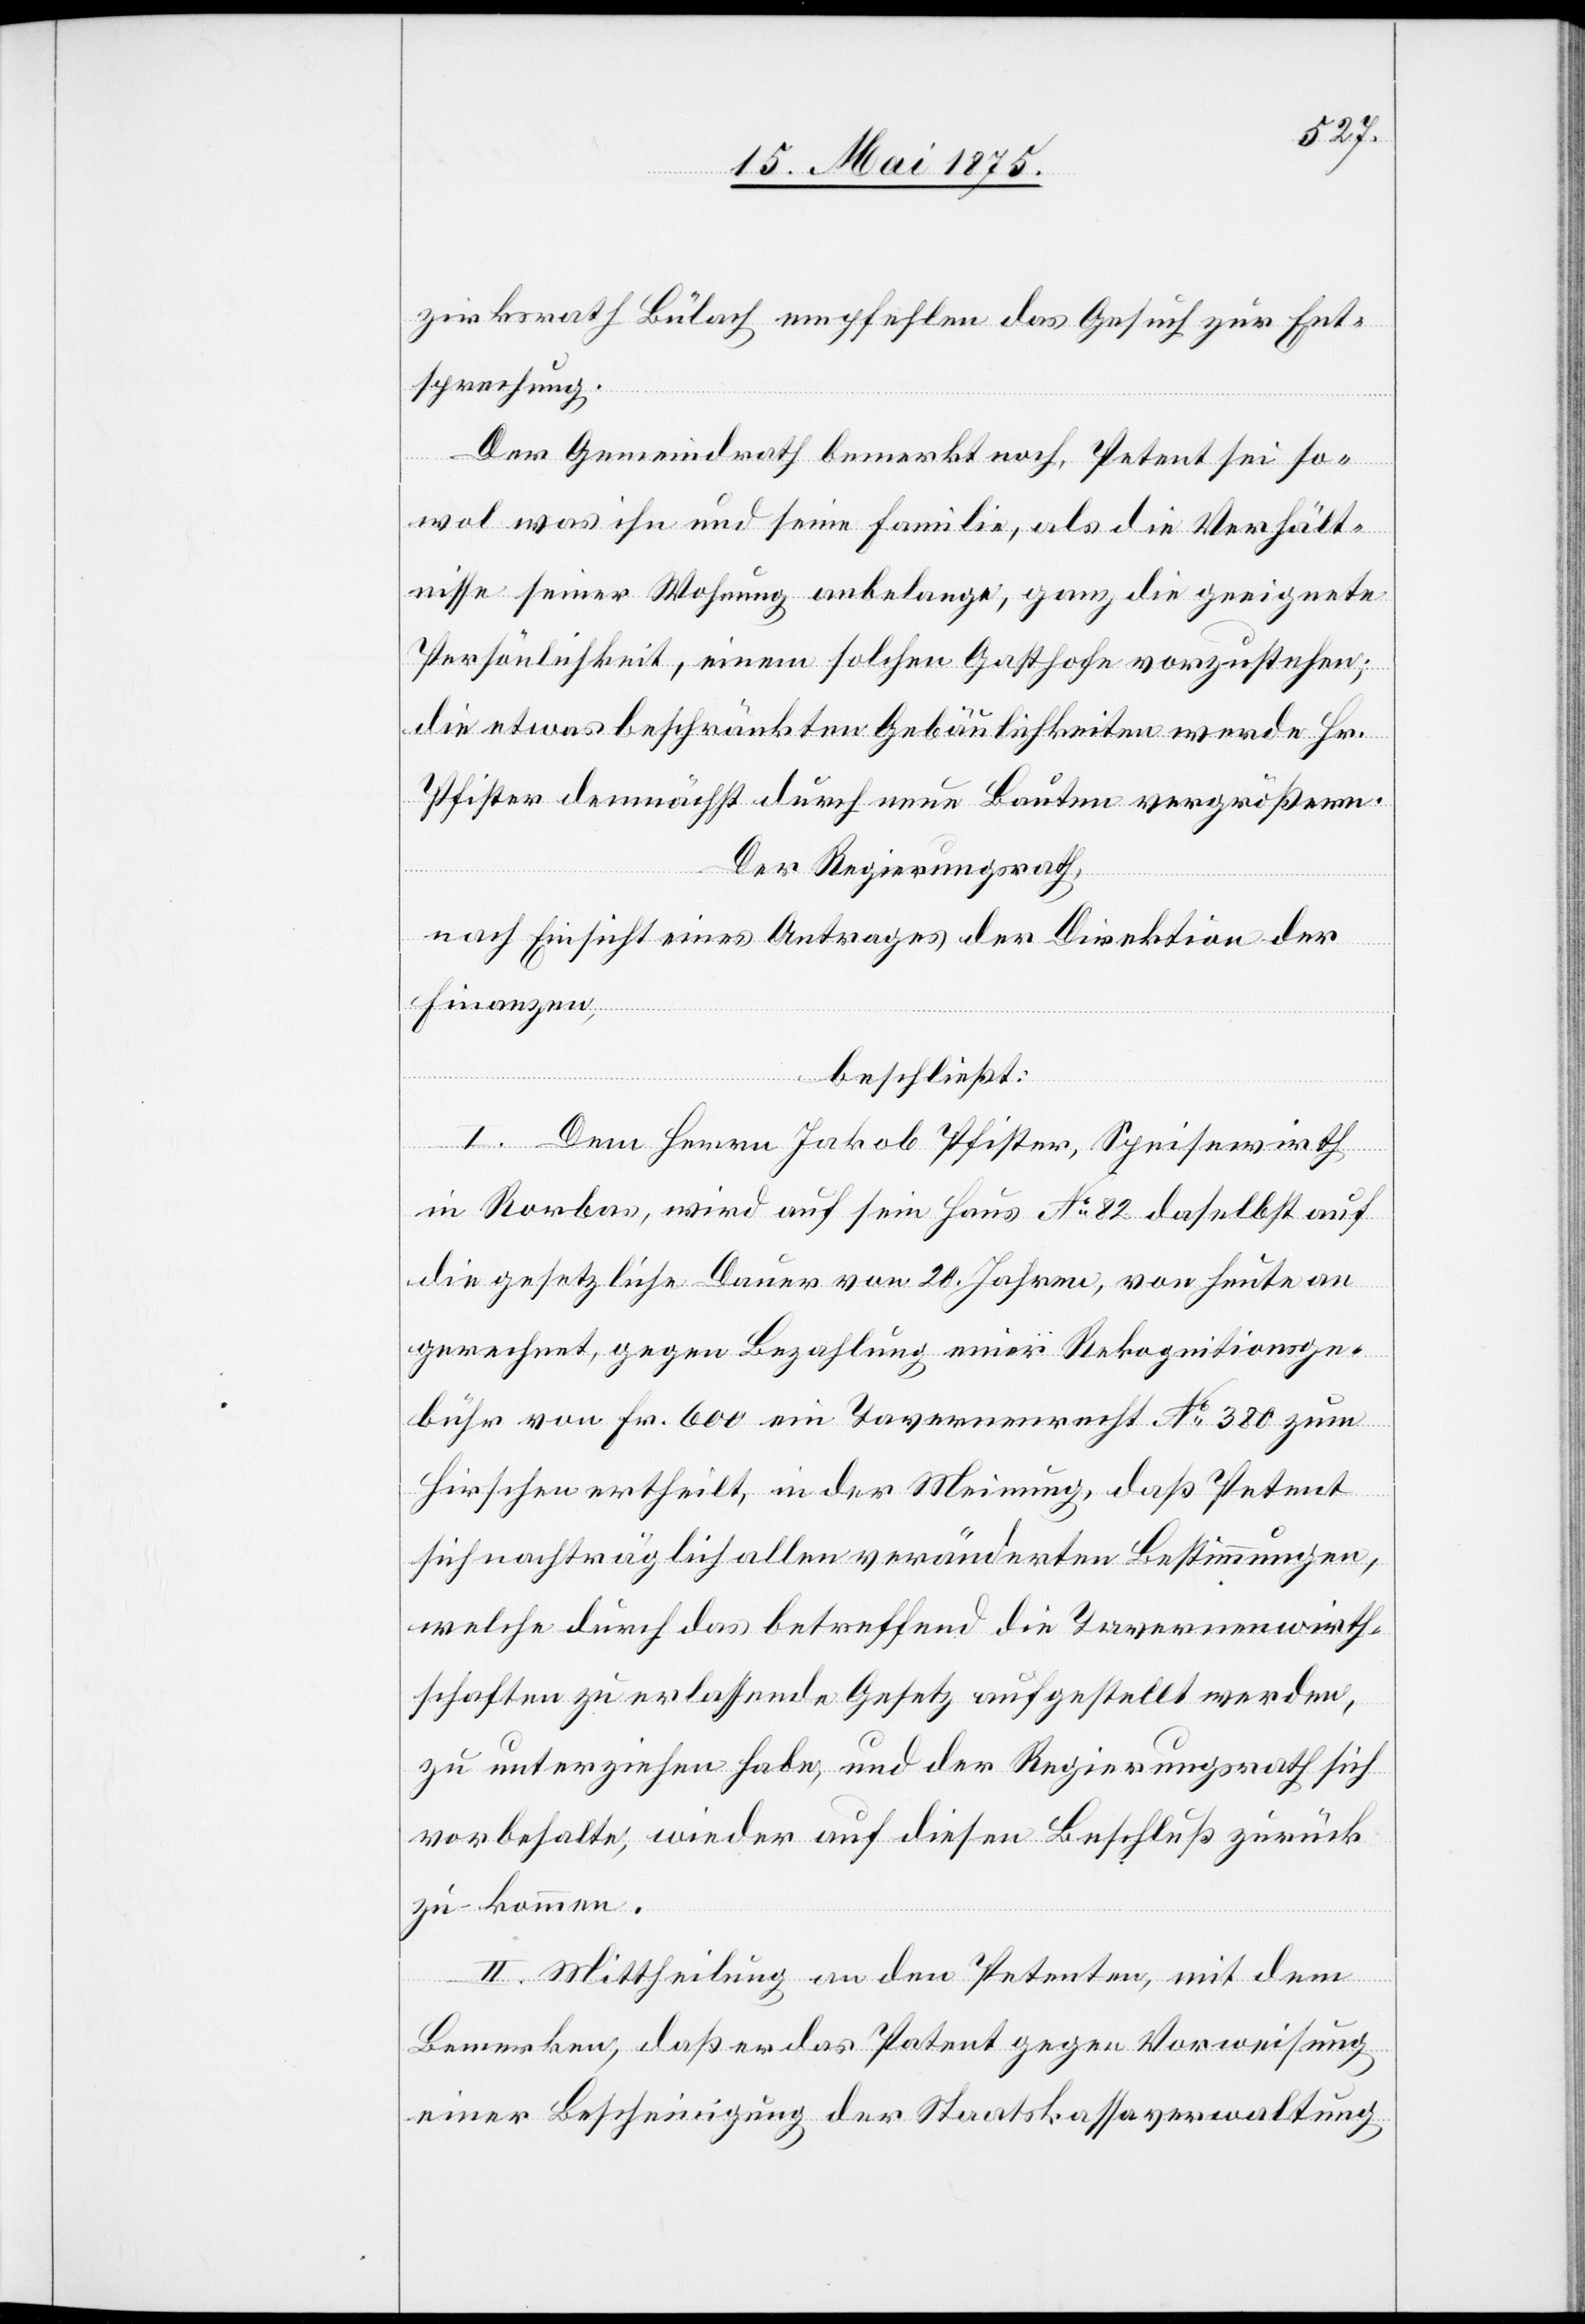
zirksrath Bülach empfehlen das Gesuch zur Ent¬
sprechung.
Der Gemeindrath bemerkt noch, Petent sei so¬
wol was ihn und seine Familie, als die Verhält¬
nisse seiner Wohnung anbelange, ganz die geeignete
Persönlichkeit, einem solchen Gasthofe vorzustehen;
die etwas beschränkten Gebäulichkeiten werde Hr.
Pfister demnächst durch neue Bauten vergrößern.
Der Regierungsrath,
nach Einsicht eines Antrages der Direktion der
Finanzen,
beschließt:
I. Dem Herrn Jakob Pfister, Speisewirth
in Rorbas, wird auf sein Haus No 82 daselbst auf
die gesetzliche Dauer von 20. Jahren, von heute an
gerechnet, gegen Bezahlung einer Rekognitionsge¬
bühr von Fr. 600 ein Tavernenrecht No 380 zum
Hirschen ertheilt, in der Meinung, daß Petent
sich nachträglich allen veränderten Bestimmungen,
welche durch das betreffend die Tavernenwirth¬
schaften zu erlassende Gesetz aufgestellt werden,
zu unterziehen habe, und der Regierungsrath sich
vorbehalte, wieder auf diesen Beschluß zurück
zukommen.
II. Mittheilung an den Petenten, mit dem
Bemerken daß er das Patent gegen Vorweisung
einer Bescheinigung der Staatskassaverwaltung